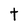
Character: t